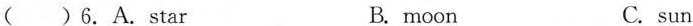
( )6.A. Star B. moon C. sun